Madras plague regulations in force outside the Presidency town - Volume 7
Disease focus: Plague
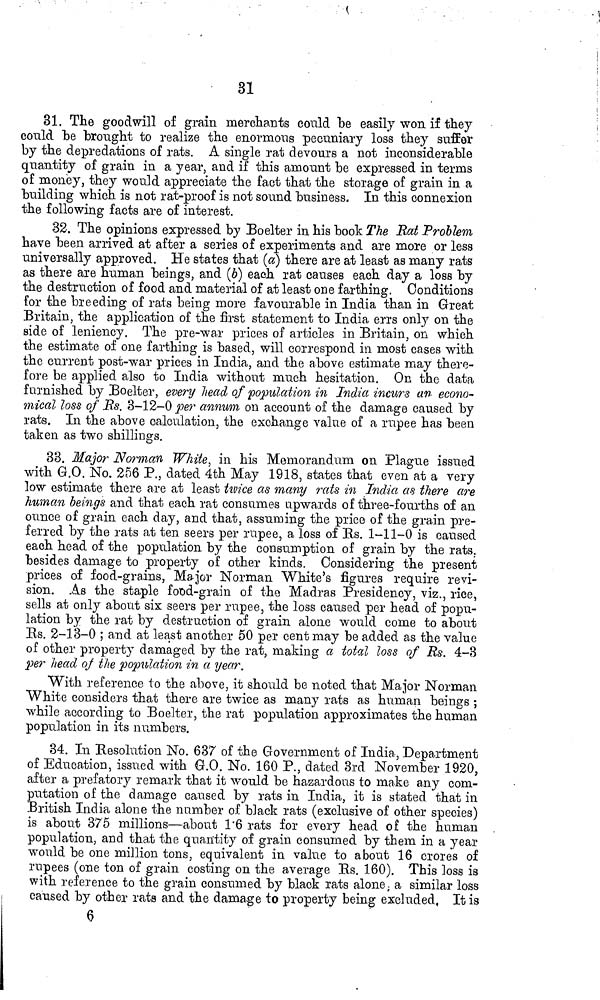
31
31. The goodwill of grain merchants could be easily won if they
could he brought to realize the enormous pecuniary loss they suffer
by the depredations of rats. A single rat devours a not inconsiderable
quantity of grain in a year, and if this amount be expressed in terms
of money, they would appreciate the fact that the storage of grain in a
building which is not rat-proof is not sound business. In this connexion
the following facts are of interest.
32. The opinions expressed by Boelter in his book The Eat Problem
have been arrived at after a series of experiments and are more or less
universally approved. He states that (a) there are at least as many rats
as there are human beings, and (6) each rat causes each day a loss by
the destruction of food and material of at least one farthing. Conditions
for the breeding of rats being more favourable in India than in Great
Britain, the application of the first statement to India errs only on the
side of leniency. The pre-war prices of articles in Britain, on which
the estimate of one farthing is based, will correspond in most cases with
the current post-war prices in India, and the above estimate may there-
fore be applied also to India without much hesitation. On the data
furnished by Boelter, every head of population in India incurs an econo-
mical loss of Rs. 3-12-0 per annum on account of the danmge caused by
rats. In the above calculation, the exchange value of a rupee has been
taken as two shillings.
33. Major Norman White, in his Memorandum on Plague issued
with G.O. No. 256 P., dated 4th May 1918, states that even at a very
low estimate there are at least twice as many rats in India as there are
human beings and that each rat consumes upwards of three-fourths of an
ounce of grain each day, and that, assuming the price of the grain pre-
ferred by the rats at ten seers per rupee, a loss of Bs. 1-11-0 is caused
each head of the population by the consumption of grain by the rats,
besides damage to property of other kinds. Considering the present
prices of food-grains, Major Norman White's figures require revi-
sion. As the staple food-grain of the Madras Presidency, viz., rice,
sells at only about six seers per rupee, the loss caused per head of popu-
lation by the rat by destruction of grain alone would come to about
Ks. 2-13-0 ; and at least another 50 per cent may be added as the value
of other property damaged by the rat, making a total loss of Rs. 4-3
per head of the population in a year.
With reference to the above, it should be noted that Major Norman
White considers that there are twice as many rats as human beings ;
while according to Boelter, the rat population approximates the human
population in its numbers.
34. In Besolution No. 637 of the Government of India, Department
of Education, issued with G.O. No. 160 P., dated 3rd November 1920,
after a prefatory remark that it would be hazardous to make any com-
putation of the damage caused by rats in India, it is stated that in
British India alone the number of black rats (exclusive of other species)
is about 375 millions—about 1'6 rats for every head of the human
population, and that the quantity of grain consumed by them in a year
would be one million tons, equivalent in value to about 16 crores of
rupees (one ton of grain costing on the average Bs. 160). This loss is
with reference to the grain consumed by black rats alone ; a similar loss
i
caused by other rats and the damage to property being excluded, It is
e